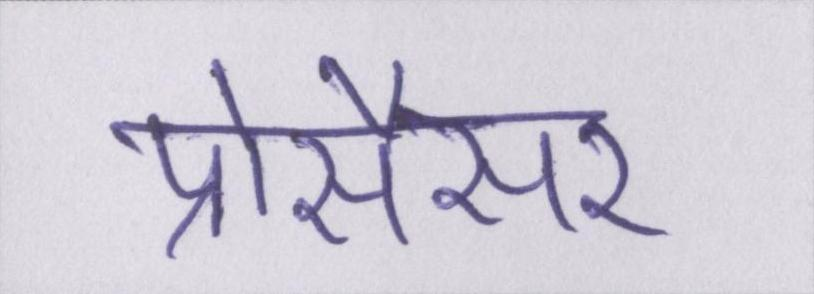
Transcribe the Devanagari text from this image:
प्रोसैसर